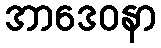
အာဒေဝနာ